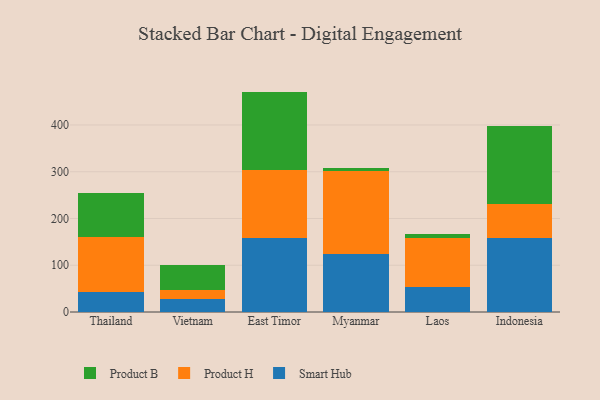
{"axis": {"x": "Country", "y": "Energy Usage (MWh)"}, "legend": ["Product B", "Product H", "Smart Hub"], "data": [{"x": "Thailand", "y": 43.5, "type": "Smart Hub"}, {"x": "Thailand", "y": 116.9, "type": "Product H"}, {"x": "Thailand", "y": 93.7, "type": "Product B"}, {"x": "Vietnam", "y": 27.1, "type": "Smart Hub"}, {"x": "Vietnam", "y": 20.1, "type": "Product H"}, {"x": "Vietnam", "y": 52.3, "type": "Product B"}, {"x": "East Timor", "y": 158.9, "type": "Smart Hub"}, {"x": "East Timor", "y": 144.8, "type": "Product H"}, {"x": "East Timor", "y": 167.7, "type": "Product B"}, {"x": "Myanmar", "y": 123.8, "type": "Smart Hub"}, {"x": "Myanmar", "y": 178.6, "type": "Product H"}, {"x": "Myanmar", "y": 5.9, "type": "Product B"}, {"x": "Laos", "y": 53.0, "type": "Smart Hub"}, {"x": "Laos", "y": 105.1, "type": "Product H"}, {"x": "Laos", "y": 8.0, "type": "Product B"}, {"x": "Indonesia", "y": 159.1, "type": "Smart Hub"}, {"x": "Indonesia", "y": 71.5, "type": "Product H"}, {"x": "Indonesia", "y": 166.7, "type": "Product B"}]}